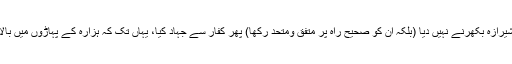
آپ نے اپنی تمام زندگی وعظ وتذکیر، ردِ بدعات اور دینی اصلاح میں گزاردی اور قوم کا شیرازہ بکھرنے نہیں دیا (بلکہ ان کو صحیح راہ پر متفق ومتحد رکھا) پھر کفار سے جہاد کیا، یہاں تک کہ ہزارہ کے پہاڑوں میں بالاکوٹ کے مقام پر ۱۲۴۶ھ میں جامِ شہادت نوش فرمایا، رحمہ اللّٰہ رحمۃَ الأبرار والمجاہدین۔